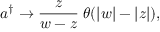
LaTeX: a ^ { \dagger } \rightarrow \frac z { w - z } \; \theta ( | w | - | z | ) ,